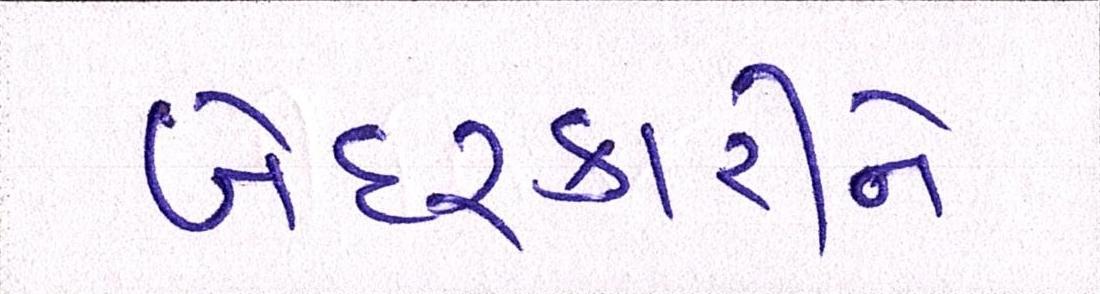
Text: બેદરકારીને